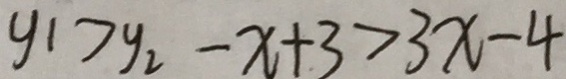
y _ { 1 } > y _ { 2 } - x + 3 > 3 x - 4